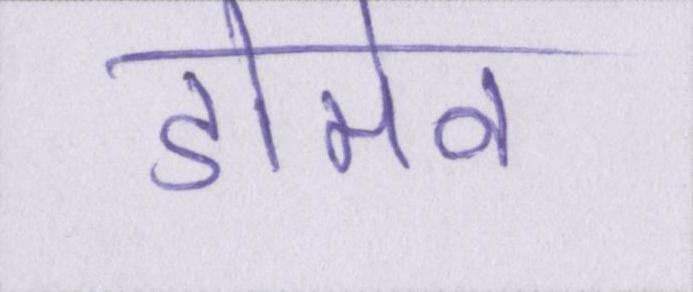
डोमेन